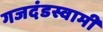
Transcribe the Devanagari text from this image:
गजदंडस्वामी